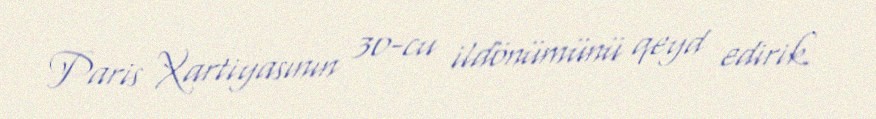
Paris Xartiyasının 30-cu ildönümünü qeyd edirik.